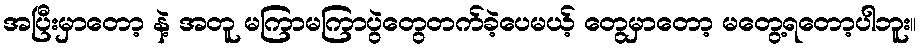
အပြီးမှာတော့ နဲ့ အတူ မကြာမကြာပွဲတွေတက်ခဲ့ပေမယ့် တွေမှာတော့ မတွေ့ရတော့ပါဘူး။